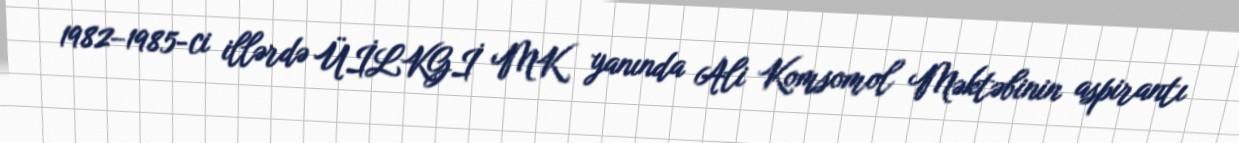
1982–1985-ci illərdə ÜİLKGİ MK yanında Ali Komsomol Məktəbinin aspirantı